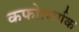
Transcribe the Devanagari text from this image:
कफोत्सर्गक